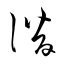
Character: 潜